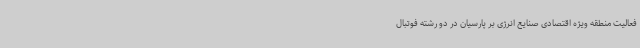
فعالیت منطقه ویژه اقتصادی صنایع انرژی بر پارسیان در دو رشته فوتبال